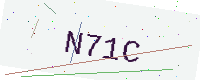
Text: N71C